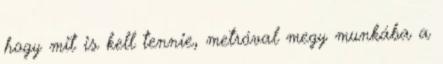
hogy mit is kell tennie, metróval megy munkába a